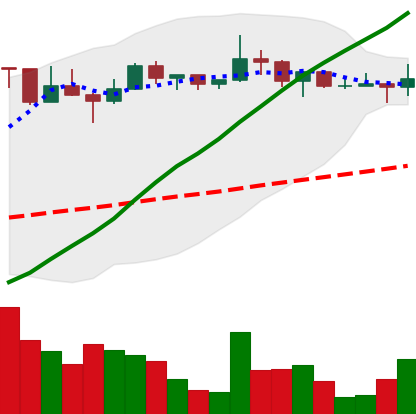
Ticker: LTC-USD
Chart end date: 2022-12-13
Forward return: -16.537%
Label: down_7plus